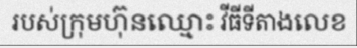
របស់ក្រុមហ៊ុនឈ្មោះ វីធីទីតាងលេខ